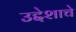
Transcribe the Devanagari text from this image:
उद्देशाचे